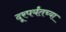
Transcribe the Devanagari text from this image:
दूरपर्यंतच्या